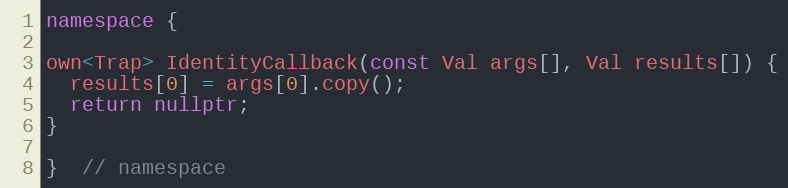
Language: C++
namespace {

own<Trap> IdentityCallback(const Val args[], Val results[]) {
  results[0] = args[0].copy();
  return nullptr;
}

}  // namespace